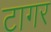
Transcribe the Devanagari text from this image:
टागर